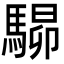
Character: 𩤶